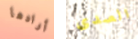
أرادها الصدى